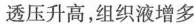
透压升高，组织液增多